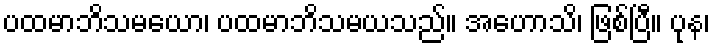
ပထမာဘိသမယော၊ ပထမာဘိသမယသည်။ အဟောသိ၊ ဖြစ်ပြီ။ ပုန၊